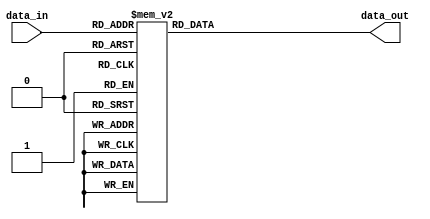
module TRANSCODOR(
	input [3:0] data_in,
	output reg [6:0] data_out
	);
						
	always@(*)
	case(data_in)
										
		4'h0 : data_out = 7'b1000000;   //0
	   4'h1 : data_out = 7'b1111001;   //1
		4'h2 : data_out = 7'b0100100;   //2
		4'h3 : data_out = 7'b0110000;   //3
		4'h4 : data_out = 7'b0011001;	  //4
		4'h5 : data_out = 7'b0010010;   //5
		4'h6 : data_out = 7'b0000010;	  //6
		4'h7 : data_out = 7'b1111000;   //7
		4'h8 : data_out = 7'b0000000;   //8
		4'h9 : data_out = 7'b0010000;   //9
		4'hA : data_out = 7'b0001000;   //A
		4'hB : data_out = 7'b0000011;	  //B
		4'hC : data_out = 7'b1000110;   //C
		4'hD : data_out = 7'b1000000;   //D
		4'hE : data_out = 7'b0000110;   //E
		4'hF : data_out = 7'b0001110;   //F
		
		default : data_out = 7'b0111111;
		
	endcase
endmodule